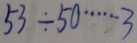
5 3 \div 5 0 \cdots 3